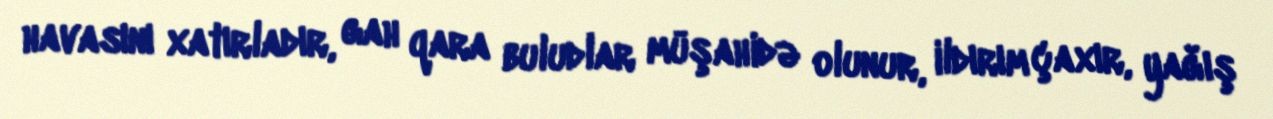
havasını xatırladır, gah qara buludlar müşahidə olunur, ildırım çaxır, yağış